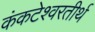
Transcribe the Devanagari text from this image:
कंकटेश्वरतीर्थ